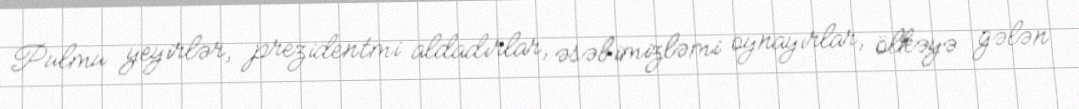
Pulmu yeyirlər, prezidentmi aldadırlar, əsəbimizləmi oynayırlar, ölkəyə gələn